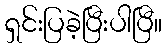
ရှင်းပြခဲ့ပြီးပါပြီ။